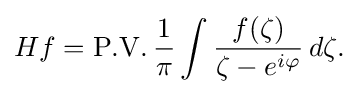
\displaystyle {Hf=\mathrm {P.V.} \,{1 \over \pi }\int {f(\zeta ) \over \zeta -e^{i\varphi }}\,d\zeta .}